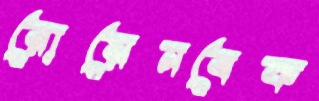
রোয়েনবেক